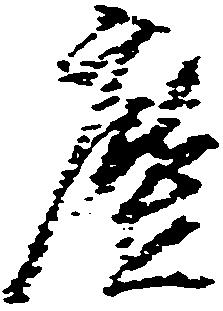
塵